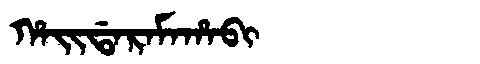
Manchu: ᡥᠠᡳᡩᠠᡵᠠᠮᠠᡥᠠᠪᡳ
Romanization: HAIDARAMAHABI